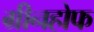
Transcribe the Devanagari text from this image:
ग्रीनहोफ